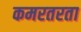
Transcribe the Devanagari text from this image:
कमरतरता